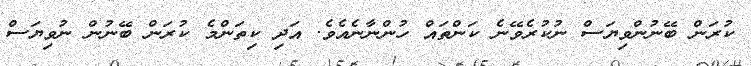
ކުރަން ބޭނުންވިޔަސް ނުކުރެވޭނެ ކަންތައް ހުންނާނެއެވެ. އަދި ކިތަންމެ ކުރަން ބޭނުން ނުވިޔަސް